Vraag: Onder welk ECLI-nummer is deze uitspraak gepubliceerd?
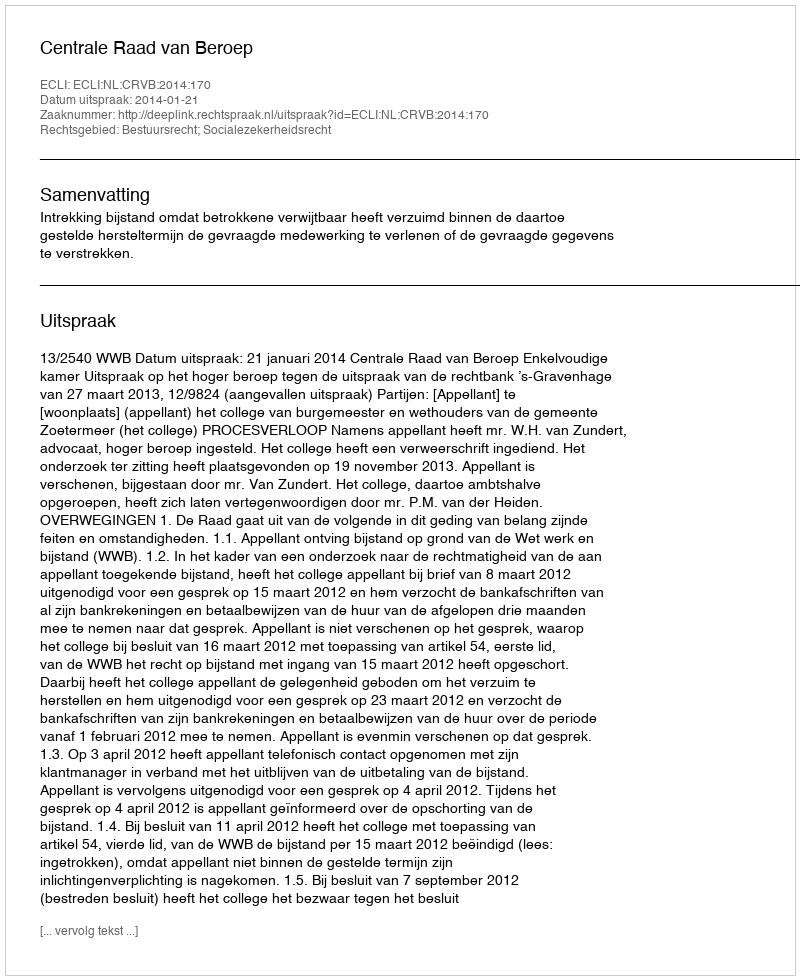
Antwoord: ECLI:NL:CRVB:2014:170